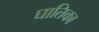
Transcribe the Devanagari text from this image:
घातिका